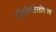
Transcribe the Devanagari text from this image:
पीपीडीसीएल